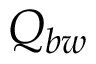
Q _ { b w }